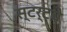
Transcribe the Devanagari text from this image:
स्टर्टचे